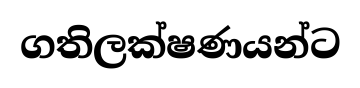
ගතිලක්ෂණයන්ට